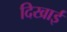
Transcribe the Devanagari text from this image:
दिखार्इ